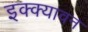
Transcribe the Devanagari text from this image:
इक्क्यावन